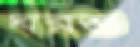
ঘরশু